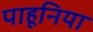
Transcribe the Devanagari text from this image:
पाहूनिया